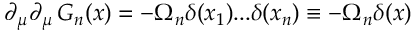
\partial _ { \mu } \partial _ { \mu } \, G _ { n } ( x ) = - \Omega _ { n } \delta ( x _ { 1 } ) . . . \delta ( x _ { n } ) \equiv - \Omega _ { n } \delta ( x )